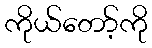
ကိုယ်တော့်ကို